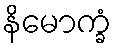
နိမောက္ခံ